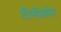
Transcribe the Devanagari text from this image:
टीनोफ़ोर